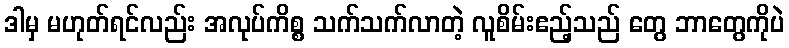
ဒါမှ မဟုတ်ရင်လည်း အလုပ်ကိစ္စ သက်သက်လာတဲ့ လူစိမ်းဧည့်သည် တွေ ဘာတွေကိုပဲ